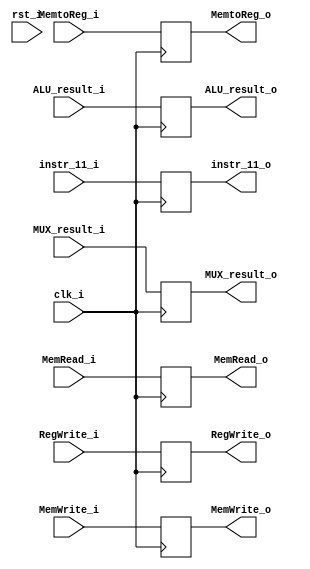
module EXMEM(clk_i,
             rst_i,
             RegWrite_i,
             MemtoReg_i,
             MemRead_i,
             MemWrite_i,
             ALU_result_i,
             MUX_result_i,
             instr_11_i,
             RegWrite_o,
             MemtoReg_o,
             MemRead_o,
             MemWrite_o,
             ALU_result_o,
             MUX_result_o,
             instr_11_o);
    input               clk_i,rst_i,RegWrite_i,MemtoReg_i,MemRead_i,MemWrite_i;
    input  [31:0]       ALU_result_i,MUX_result_i;
    input  [4:0]        instr_11_i;
    
    output  reg         RegWrite_o,MemtoReg_o,MemRead_o,MemWrite_o;
    output  reg  [31:0] ALU_result_o;
    output  reg  [4:0]  instr_11_o;
    output  reg  [31:0] MUX_result_o;
    
    always @(posedge clk_i  ) begin
        
            RegWrite_o   <= RegWrite_i;
            MemtoReg_o   <= MemtoReg_i;
            MemRead_o    <= MemRead_i;
            MemWrite_o   <= MemWrite_i;
            ALU_result_o <= ALU_result_i;
            instr_11_o   <= instr_11_i;
            MUX_result_o <= MUX_result_i;
    
        
    end
endmodule